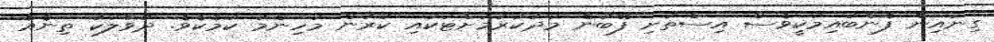
ގިނައިން ފެންބުއިމަކީވެސް އިސްތަށި ފޭބުން މަދުކުރުމަށްޓަކައި ކުރުން މުހިންމު ކަމެކެވެ. ދުވާލަކު ތިނެއް